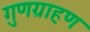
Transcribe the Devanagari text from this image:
गुणग्राहण